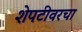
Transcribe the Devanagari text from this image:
शेपटीवरचा